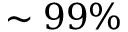
\sim 9 9 \%